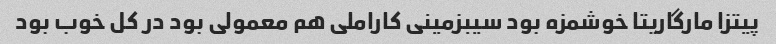
پیتزا مارگاریتا خوشمزه بود سیبزمینی کاراملی هم‌ معمولی بود در کل خوب بود